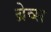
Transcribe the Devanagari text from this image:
ब्रेव्स